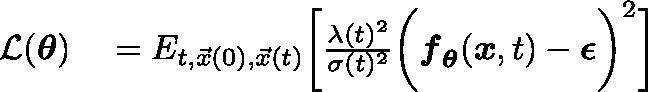
\begin{array} { r l } { \mathcal { L } ( \mathbf { \boldsymbol { \theta } } ) } & { { } = \mathbb { E } _ { t , \vec { x } ( 0 ) , \vec { x } ( t ) } \bigg [ \frac { \lambda ( t ) ^ { 2 } } { \sigma ( t ) ^ { 2 } } \bigg ( \mathbf { \boldsymbol { f } } _ { \mathbf { \boldsymbol { \theta } } } ( \mathbf { \boldsymbol { x } } , t ) - \mathbf { \boldsymbol { \epsilon } } \bigg ) ^ { 2 } \bigg ] } \end{array}